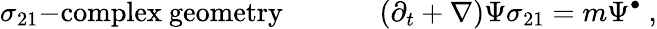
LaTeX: \sigma_{21}\mathrm{-complex~geometry}~~~~~~~~~~~~~\left(\partial_{t}+\nabla\right)\Psi\sigma_{21}=m\Psi^{\bullet}~,